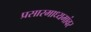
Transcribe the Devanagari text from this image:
प्रसारमाध्यमांवर